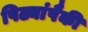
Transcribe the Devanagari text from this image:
पिढ्यांपैकी